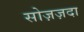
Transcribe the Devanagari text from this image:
सोज़ज़दा